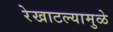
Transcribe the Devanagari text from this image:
रेखाटल्यामुळे